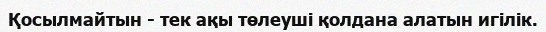
Қосылмайтын - тек ақы төлеуші қолдана алатын игілік.